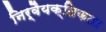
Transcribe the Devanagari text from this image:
निर्वैयक्तिकता